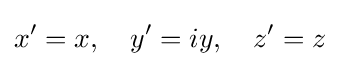
x'=x,\quad y'=iy,\quad z'=z